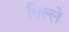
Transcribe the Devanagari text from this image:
भिल्ले